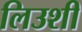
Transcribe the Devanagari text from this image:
लिउशी